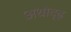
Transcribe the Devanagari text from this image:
अधोदृढ़